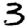
Digit: 3